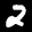
Label: 2